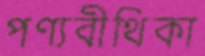
পণ্যবীথিকা